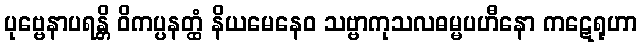
ပုဗ္ဗေနာပရန္တိ ဝိကပ္ပနတ္ထံ နိယမေနေဝ သဗ္ဗာကုသလဓမ္မပဟီနော ကဋေရုဟာ